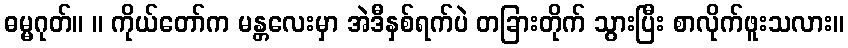
ဓမ္မဂုတ်။ ။ ကိုယ်တော်က မန္တလေးမှာ အဲဒီနှစ်ရက်ပဲ တခြားတိုက် သွားပြီး စာလိုက်ဖူးသလား။